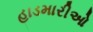
હાડમારીઓ